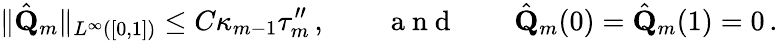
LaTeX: \| \hat{\mathbf{Q}}_{m}\| _{L^{\infty}([0,1])}\leq C\kappa_{m-1}\tau_{m}^{\prime\prime}\, ,\qquad\mathrm{~a~n~d~}\qquad\hat{\mathbf{Q}}_{m}(0)=\hat{\mathbf{Q}}_{m}(1)=0\, .